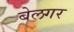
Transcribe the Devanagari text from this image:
बेलगर